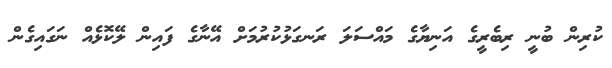
ކުރިން ބުނީ ރިބެރީގެ އަނިޔާގެ މައްސަލަ ރަނގަޅުކުރުމަށް އޭނާގެ ފައިން ލޭކޮޅެއް ނަގައިގެން